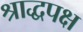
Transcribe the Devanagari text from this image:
श्राद्धपक्ष